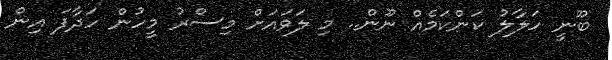
ބޫނީ ހަލާލު ކަންކަމެއް ނޫން.. މި ލަވައަށް މިސްރު މީހުން ހަދާފަ އިން